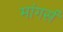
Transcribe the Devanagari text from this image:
मांगर्स